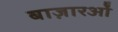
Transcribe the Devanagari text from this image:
बाज़ारओं